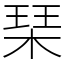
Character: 琹